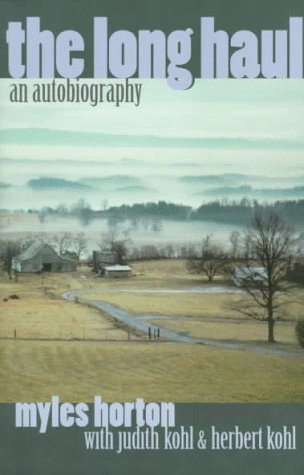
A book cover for The Long Haul: An Autobiography; Myles Horton; Biographies & Memoirs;